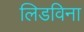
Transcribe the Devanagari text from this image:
लिडविना